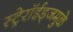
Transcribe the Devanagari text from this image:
स्ट्रेरॉईड्जमुळे